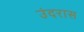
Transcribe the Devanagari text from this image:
उंदरास